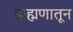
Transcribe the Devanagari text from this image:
ब्राह्मणातून